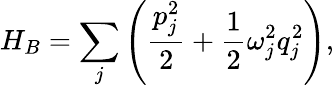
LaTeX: H_{B}=\sum_{j}\left(\frac{p_{j}^{2}}{2}+\frac{1}{2}\omega_{j}^{2}q_{j}^{2}\right),